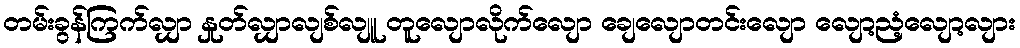
တမ်းခွန်ကြက်လျှာ နှုတ်လျှာလျစ်လျူ တူလျောလိုက်လျော ချေလျောတင်းလျော လျော့ညံ့လျော့လျား